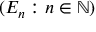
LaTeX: ( E _ { n } : n \in \mathbb { N } )